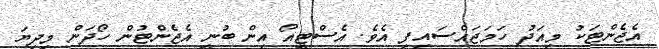
އެޖެންޓަކު މިއަދު ހަމަޖައްސައިފި އެވެ. އެސްޓީއޯ އިން ބުނީ އެޖެންޓުން ހޯދަން މިދިޔަ